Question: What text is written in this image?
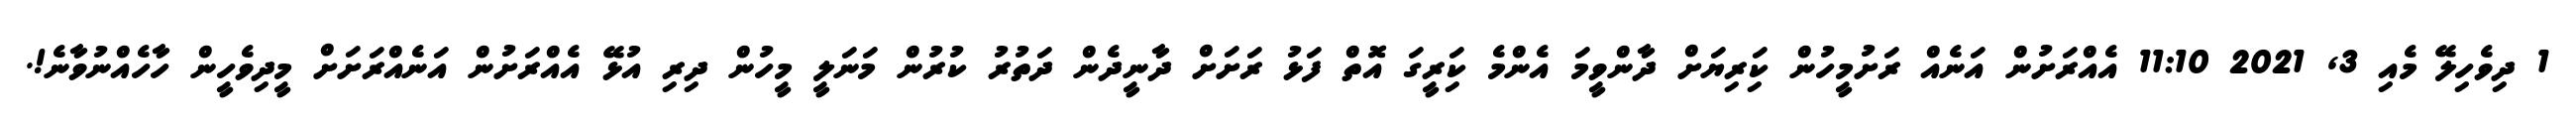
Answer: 1 ދިވެހިލޭ މެއި 3, 2021 11:10 އެއްރަށުން އަނެއް ރަށުމީހުން ކަިރިޔަށް ދާންވީމަ އެންމެ ކަިރީގަ އޮތް ފަޅު ރަށަށް ދާނީދެން ދަތުރު ކުރުން މަނަލީ މީހުން ދިރި އުޅޭ އެއްރަށުން އަނެއްރަށަށް މީދިވެހީން ހާހެއްނުވާނެ!.